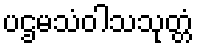
ပဌမသံဝါသသုတ္တံ